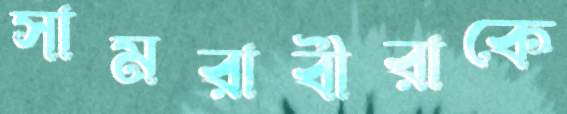
সামরাবীরাকে